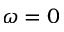
\omega = 0